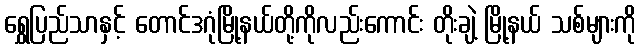
ရွှေပြည်သာနှင့် တောင်ဒဂုံမြို့နယ်တို့ကိုလည်းကောင်း တိုးချဲ့ မြို့နယ် သစ်များကို